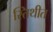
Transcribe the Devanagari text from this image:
स्तिथीत